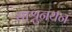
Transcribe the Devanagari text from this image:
साश्रुनयन